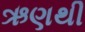
ઋણથી